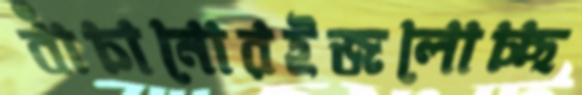
বাঁচানোরইজলোচ্ছ